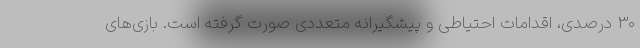
۳۰ درصدی، اقدامات احتیاطی و پیشگیرانه متعددی صورت گرفته است. بازی‌های